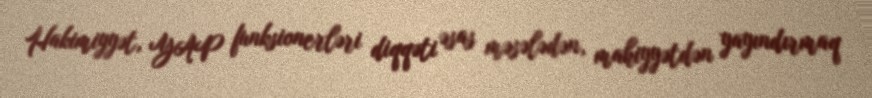
Hakimiyyət, YAP funksionerləri diqqəti əsas məsələdən, mahiyyətdən yayındırmaq